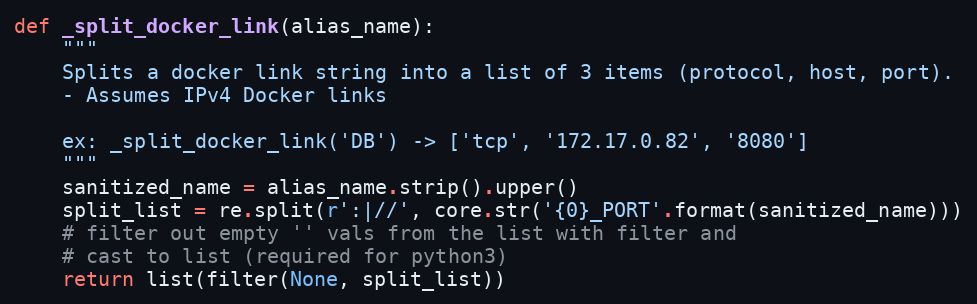
Language: Python
def _split_docker_link(alias_name):
    """
    Splits a docker link string into a list of 3 items (protocol, host, port).
    - Assumes IPv4 Docker links

    ex: _split_docker_link('DB') -> ['tcp', '172.17.0.82', '8080']
    """
    sanitized_name = alias_name.strip().upper()
    split_list = re.split(r':|//', core.str('{0}_PORT'.format(sanitized_name)))
    # filter out empty '' vals from the list with filter and
    # cast to list (required for python3)
    return list(filter(None, split_list))